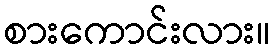
စားကောင်းလား။